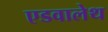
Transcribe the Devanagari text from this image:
एडवालेथ